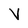
Character: V